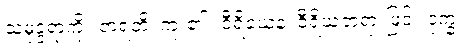
သမုဒ္ဒရာကို။ တရတိ၊ ကူး၏။ ဝီရိယေန၊ ဝီရိယတရားဖြင့်။ ဒုက္ခံ၊